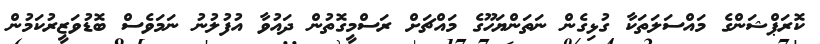
ކޮރަޕްޝަންގެ މައްސަލަތަކާ ގުޅިގެން ނަތަންޔަހޫގެ މައްޗަށް ރަސްމީގޮތުން ދައުވާ އުފުލުނު ނަމަވެސް ބޮޑުވަޒީރުކަމުން